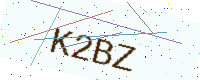
Text: K2BZ